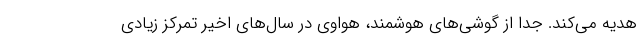
هدیه می‌کند. جدا از گوشی‌های هوشمند، هواوی در سال‌های اخیر تمرکز زیادی